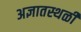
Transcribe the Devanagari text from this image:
अज्ञातस्थळी